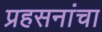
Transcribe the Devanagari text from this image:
प्रहसनांचा